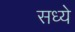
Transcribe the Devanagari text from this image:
सध्ये